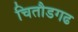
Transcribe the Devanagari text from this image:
चितौडगढ